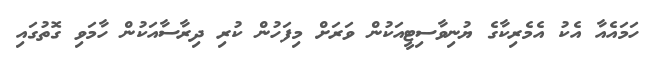
ހަމައެއާ އެކު އެމެރިކާގެ ޔުނިވާސިޓީއަކުން ވަރަށް މިފަހުން ކުރި ދިރާސާއަކުން ހާމަވި ގޮތުގައި